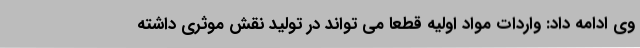
وی ادامه داد: واردات مواد اولیه قطعا می تواند در تولید نقش موثری داشته